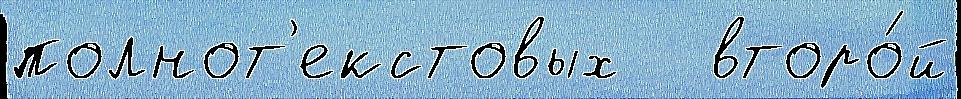
полнот'екстовых   второ́й